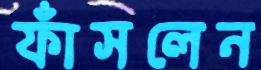
ফাঁসলেন